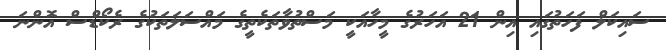
ސައިކަލް ފަހަތުގައި އިން 21 އަހަރުގެ މީހާއަކީ މަސްތުވާތަކެތީގެ މައްސަލަތަކުގެ ރެކޯޑްސް އޮންނަ